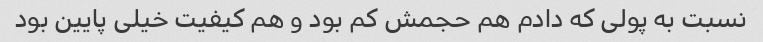
نسبت به پولی که دادم هم حجمش کم بود و هم کیفیت خیلی پایین بود